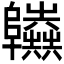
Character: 𨽫